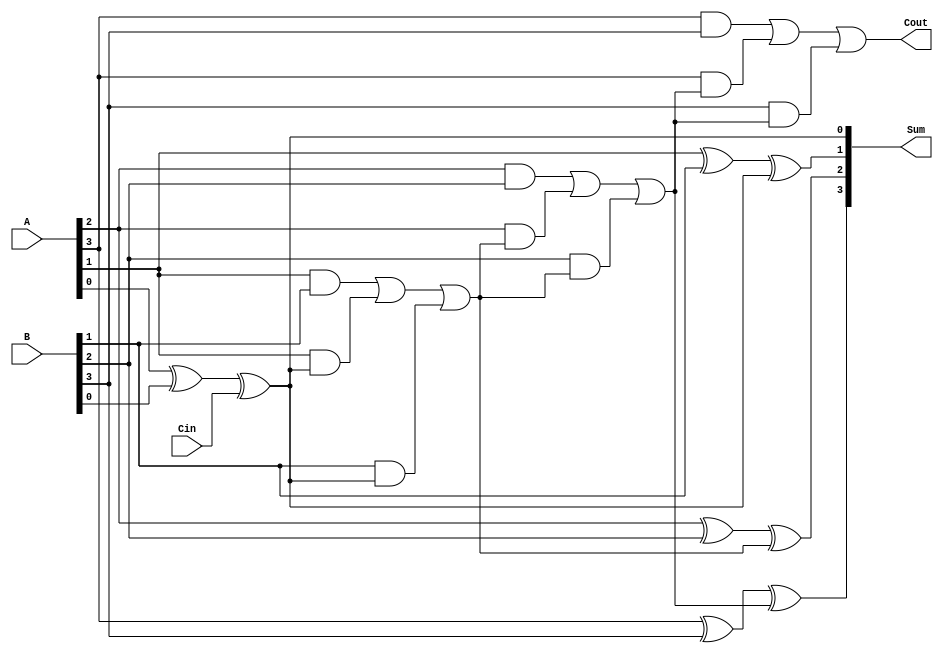
module ripple_carry_adder (
    input wire [3:0] A,
    input wire [3:0] B,
    input wire Cin,
    output reg [3:0] Sum,
    output reg Cout
);

reg [3:0] C;

// Full Adder block
always @* begin
    C[0] = A[0] ^ B[0] ^ Cin; 
    Sum[0] = A[0] ^ B[0] ^ Cin;
end

genvar i;
generate
    for (i = 1; i < 4; i = i+1) begin : generate_adder
        always @* begin
            C[i] = (A[i] & B[i]) | (A[i] & C[i-1]) | (B[i] & C[i-1]);
            Sum[i] = A[i] ^ B[i] ^ C[i-1];
        end
    end
endgenerate

assign Cout = C[3];

endmodule